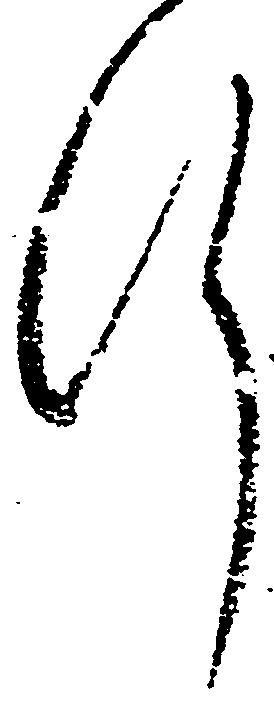
行